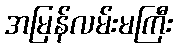
အမြန်လမ်းမကြီး